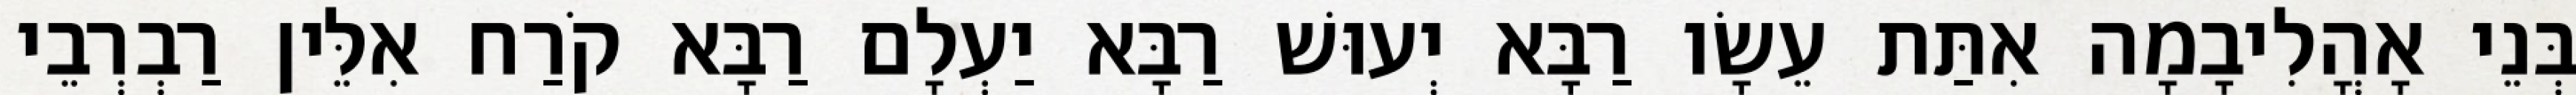
בְּנֵי אָהֳלִיבָמָה אִתַּת עֵשָׂו רַבָּא יְעוּשׁ רַבָּא יַעְלָם רַבָּא קֹרַח אִלֵּין רַבְרְבֵי